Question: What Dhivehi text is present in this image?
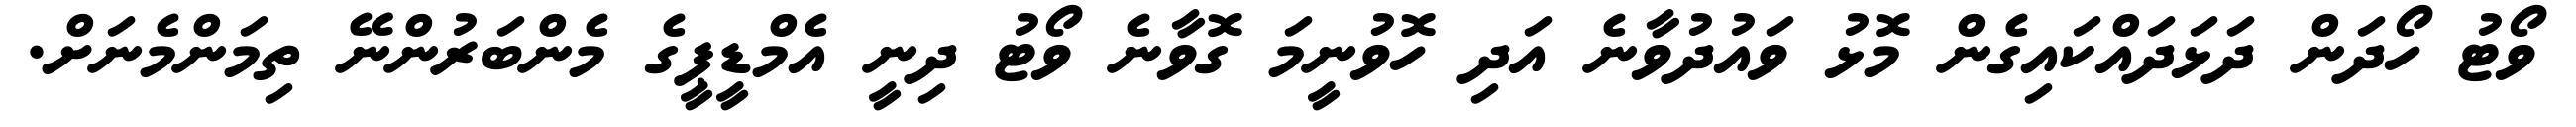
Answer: ވޯޓު ހޯދަން ދަޅަދައްކައިގެން މޮޅު ވައުދުވާނެ އަދި ހޮވުނީމަ ގޮވާނެ ވޯޓު ދިނީ އެމްޑީޕީގެ މެންބަރުންނޭ ތިމަންމެނަށް.